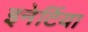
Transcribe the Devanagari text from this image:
इनेर्टिया